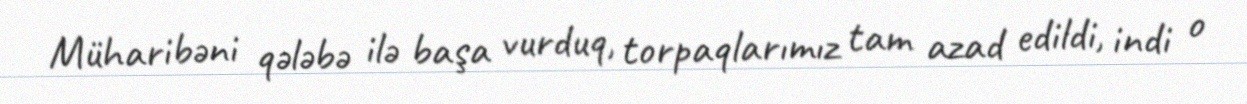
Müharibəni qələbə ilə başa vurduq, torpaqlarımız tam azad edildi, indi o